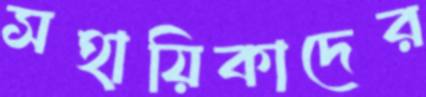
সহায়িকাদের